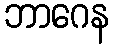
ဘာဂေန